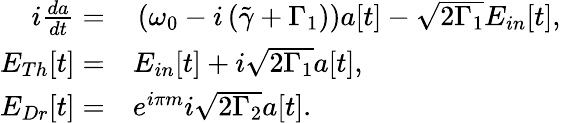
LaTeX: \begin{array}{rl}{i\frac{da}{dt}=}&{{}\left(\omega_{0}-i\left(\tilde{\gamma}+\Gamma_{1}\right)\right)a[t]-\sqrt{2\Gamma_{1}}E_{in}[t],}\\ {E_{Th}[t]=}&{{}E_{in}[t]+i\sqrt{2\Gamma_{1}}a[t],}\\ {E_{Dr}[t]=}&{{}e^{i\pi m}i\sqrt{2\Gamma_{2}}a[t].}\end{array}